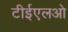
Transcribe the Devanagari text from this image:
टीईएलओ